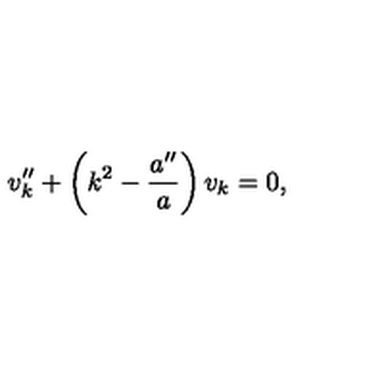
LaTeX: v _ { k } ^ { \prime \prime } + \left( k ^ { 2 } - \frac { a ^ { \prime \prime } } { a } \right) v _ { k } = 0 ,